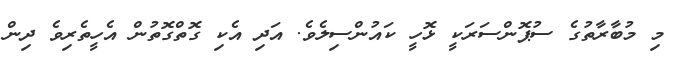
މި މުބާރާތުގެ ސުޕޮންސަރަކީ ޅޮހީ ކައުންސިލެވެ. އަދި އެކި ގޮތްގޮތުން އެހީތެރިވެ ދިން